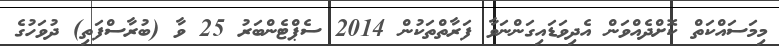
މިމަސައްކަތް ކޮށްދެއްވަން އެދިވަޑައިގަންނަވާ ފަރާތްތަކުން 2014 ސެޕްޓެންބަރު 25 ވާ (ބުރާސްފަތި) ދުވަހުގެ